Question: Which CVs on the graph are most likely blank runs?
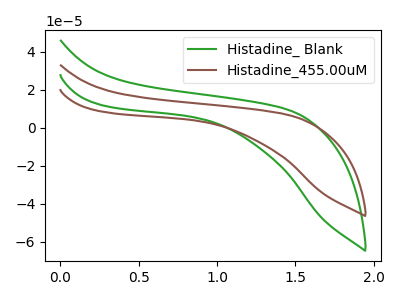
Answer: <think>The green curve "Histadine_ Blank" has no peaks. The brown curve "Histadine_455.00uM" has no peaks.</think>
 <answer>"Histadine_ Blank" and "Histadine_455.00uM" are likely to be blanks.</answer>
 <eval>"Histadine_ Blank", "Histadine_455.00uM"</eval>